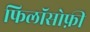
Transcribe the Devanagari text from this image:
फिलॉसोफ़ी